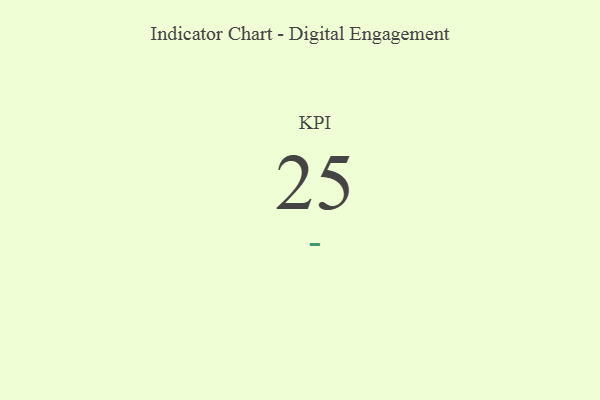
{"axis": {"x": "KPI", "y": "Value"}, "legend": [""], "data": [{"x": "KPI", "y": 25, "type": ""}]}